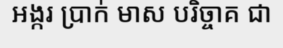
អង្ករ ប្រាក់ មាស បរិច្ចាគ ជា